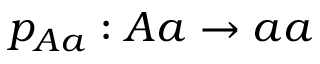
p _ { A a } : A a \rightarrow a a